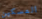
المسكين